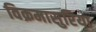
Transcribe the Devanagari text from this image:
विक्रमासुरिया